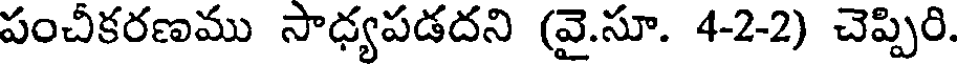
పంచీకరణము సాధ్యపడదని (వై.సూ. 4-2-2) చెప్పిరి.